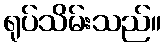
ရုပ်သိမ်းသည်။